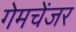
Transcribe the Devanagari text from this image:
गेमचेंजर